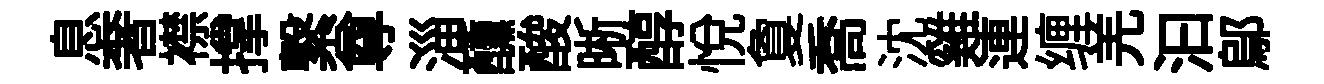
息奢襟撑繋尊淄醺酸晰醇悅夐喬沈雞連缠羌汩鄔